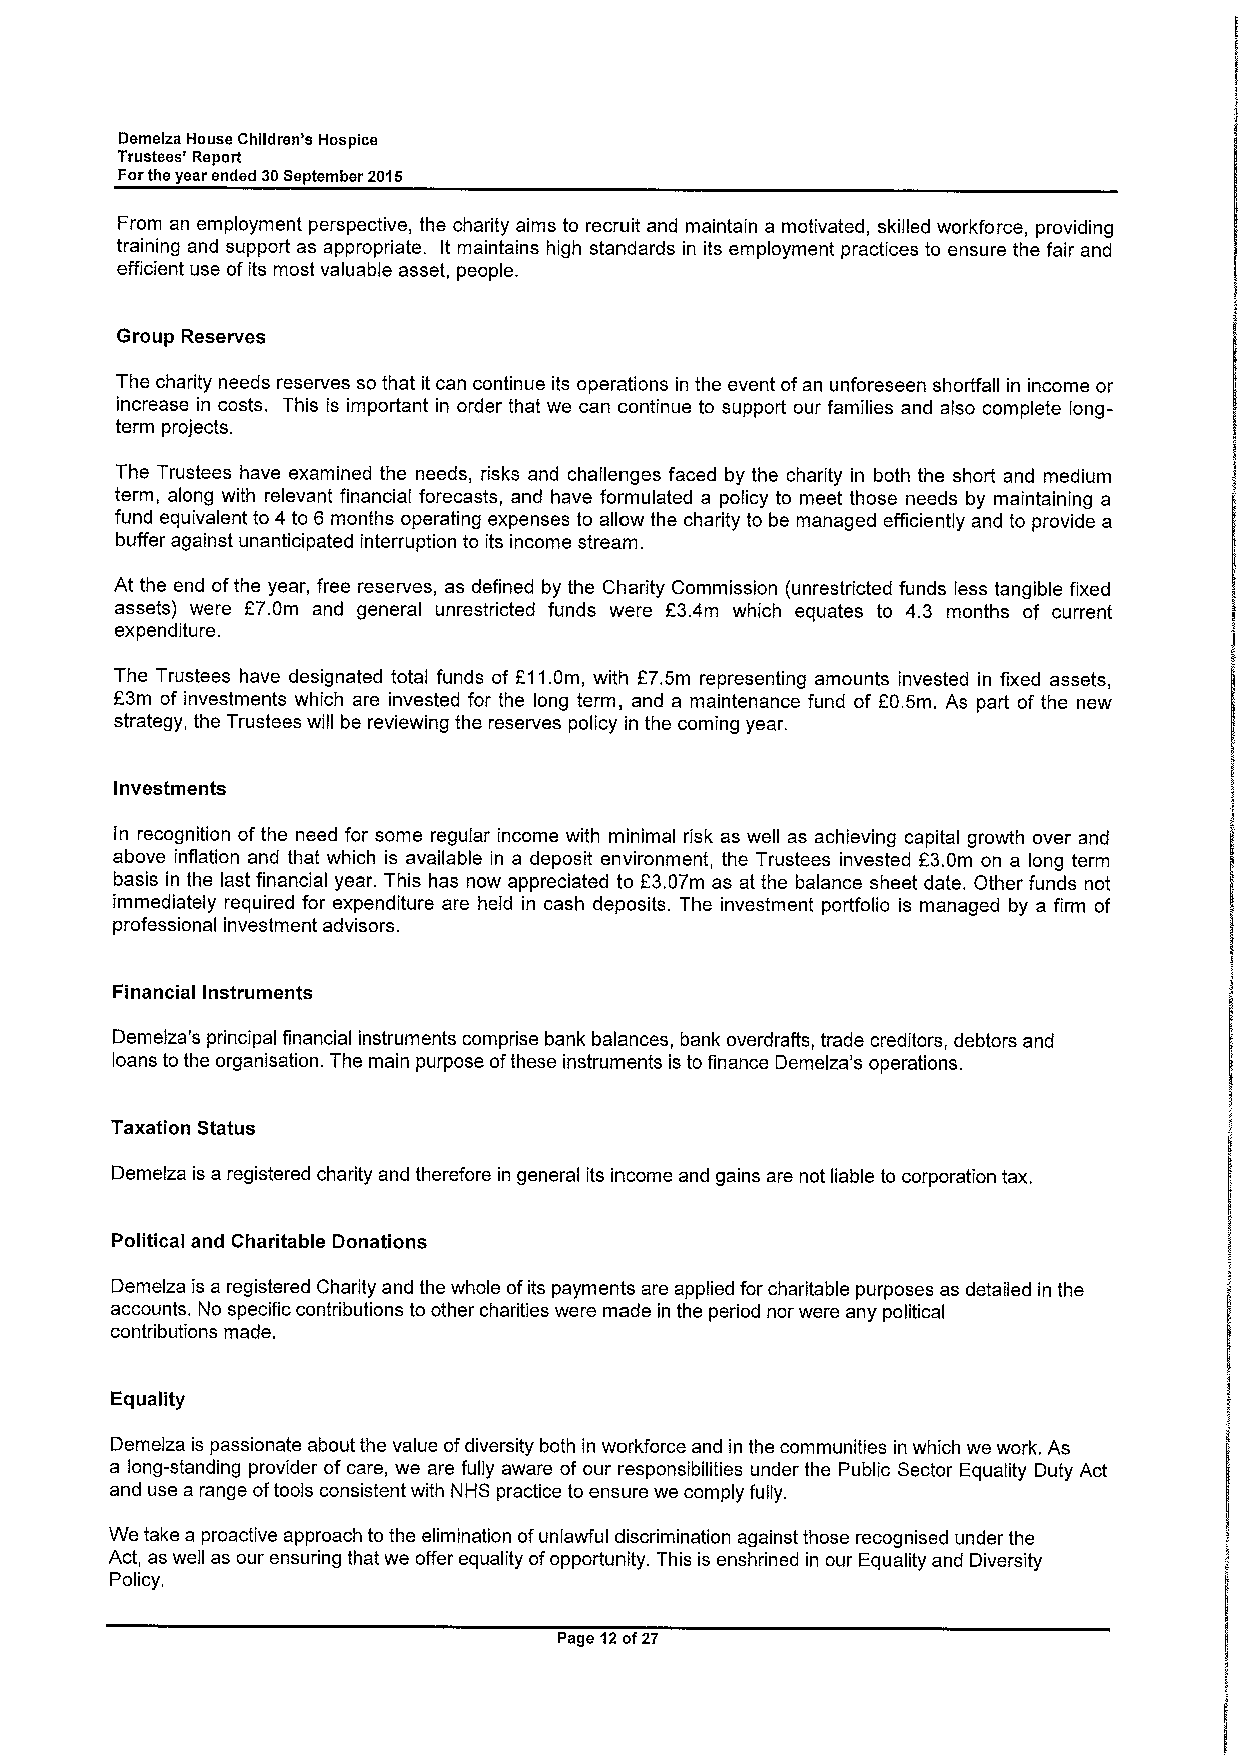
Demelza House Children's Hospice
 Trustees' Report
 Forthe year ended 30September 2015
 From an employment perspective, the charity aims to recruit and maintain a motivated, skilled workforce, providing
 training and support as appropriate. It maintains high standards in its employment practices to ensure the fair and
 efficient use ofits most valuable asset, people.
 Group Reserves
 The charity needs reserves so that it can continue its operations in the event ofan unforeseen shortfall in income or
 increase in costs. This is important in order that we can continue to support our families and also complete long-
 term projects.
 The Trustees have examined the needs, risks and challenges faced by the charity in both the short and medium
 term, along with relevant financial forecasts, and have formulated a policy to meet those needs by maintaining a
 fund equivalent to 4 to 6 months operating expenses to allow the charity to be managed efficiently and to provide a
 buffer against unanticipated interruption to its income stream.
 At the end ofthe year, free reserves, as defined by the Charity Commission (unrestricted funds less tangible fixed
 assets) were F7.0m and general unrestricted funds were F3.4m which equates to 4.3 months of current
 expenditure.
 The Trustees have designated total funds of F11.0m, with F7.5m representing amounts invested in fixed assets,
 F3m of investments which are invested for the long term, and a maintenance fund of F0.5m. As part of the new
 strategy, the Trustees will be reviewing the reserves policy in the coming year.
 Investments
 In recognition of the need for some regular income with minimal risk as well as achieving capital growth over and
 above inflation and that which is available in a deposit environment, the Trustees invested E3.0m on a long term
 basis in the last financial year. This has now appreciated to E3.07m as at the balance sheet date. Other funds not
 immediately required for expenditure are held in cash deposits. The investment portfolio is managed by a firm of
 professional investment advisors.
 Financial Instruments
 Demelza's principal financial instruments comprise bank balances, bank overdrafts, trade creditors, debtors and
 loans to the organisation. The main purpose ofthese instruments is to finance Demelza's operations.
 Taxation Status
 Demelza is a registered charity and therefore in general its income and gains are not liable to corporation tax.
 Political and Charitable Donations
 Demelza is a registered Chaffity and the whole ofits payments are applied for charitable purposes as detailed in the
 accounts. No specific contributions to other charities were made in the period nor were any political
 contributions made.
 Equality
 Demelza is passionate about the value ofdiversity both in workforce and in the communities in which we work. As
 a long-standing provider ofcare, we are fully aware of our responsibilities under the Public Sector Equality Duty Act
 and use a range oftools consistent with NHS practice to ensure we comply fully.
 We take a proactive approach to the elimination ofunlawful discrimination against those recognised under the
 Act, as well as our ensuring that we offer equality ofopportunity. This is enshrined in our Equality and Diversity
 Policy.
 Page 12of27